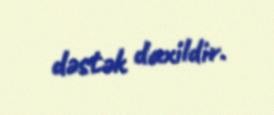
dəstək daxildir.